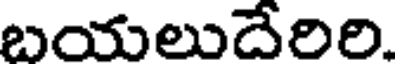
బయలుదేరిరి.